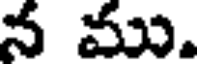
న ము.